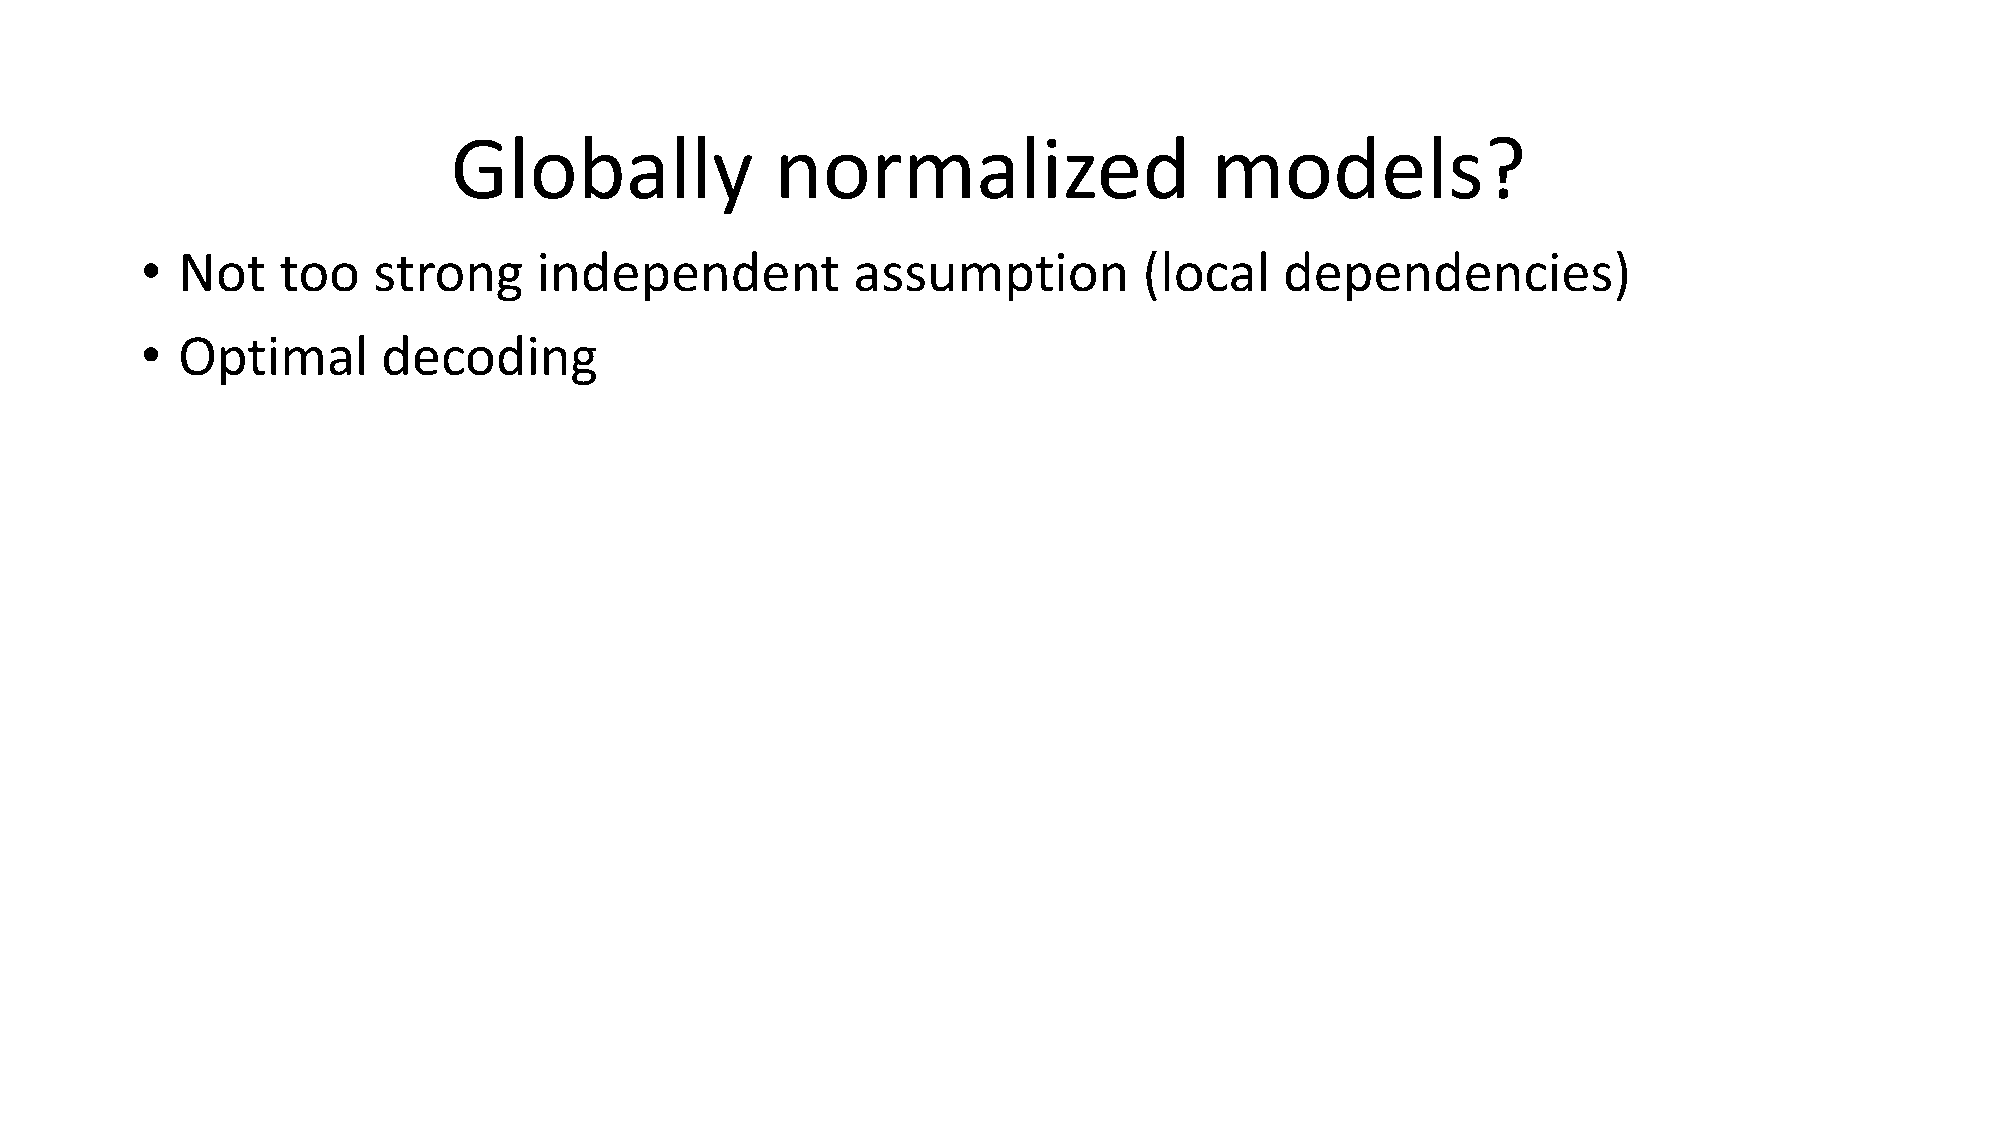
Globally             normalized                   models?
 •  Not   too    strong     independent         assumption          (local   dependencies)
 •  Optimal      decoding